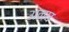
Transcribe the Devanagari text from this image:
अनघ